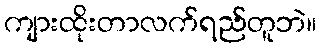
ကျားထိုးတာလက်ရည်တူဘဲ။